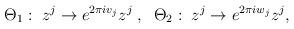
LaTeX: \begin{align*}\Theta_1 :\; z^j \rightarrow e^{2\pi iv_j}z^j \; ,\;\; \Theta_2:\; z^j\rightarrow e^{2\pi iw_j}z^j ,\end{align*}